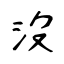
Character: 沒